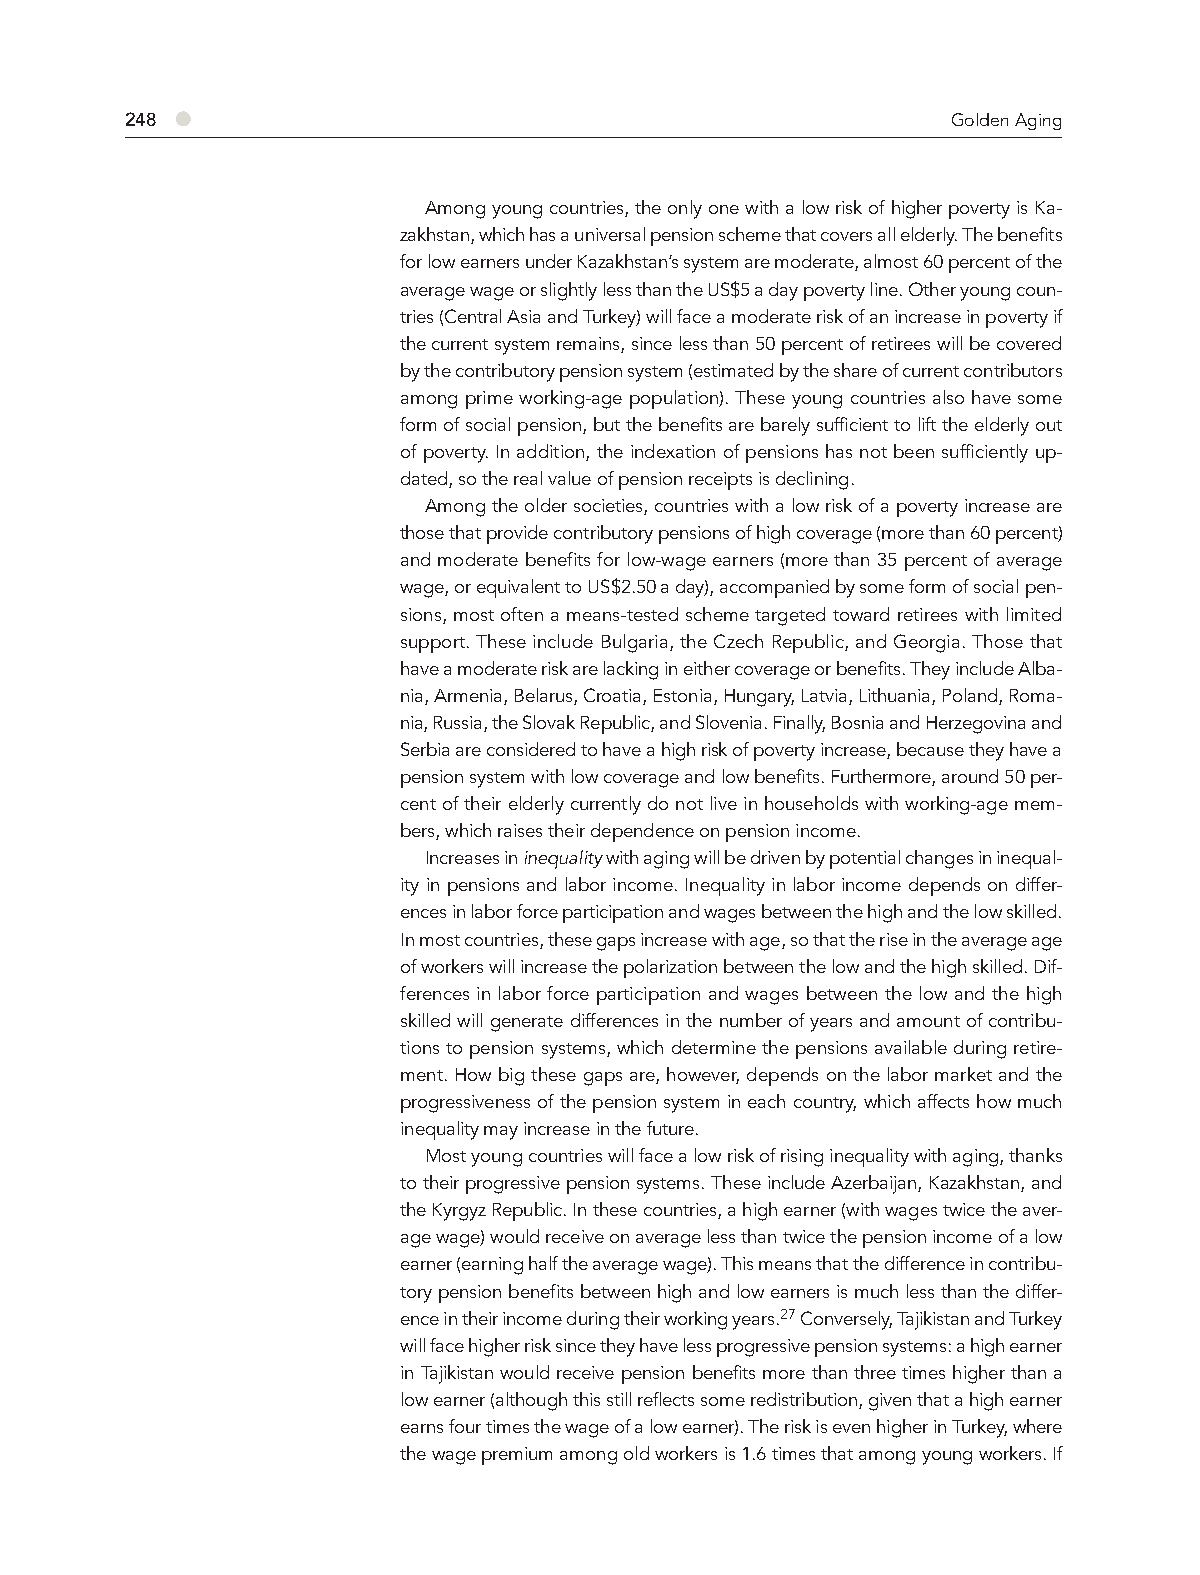
248 ●                                                  Golden Aging
 Among young countries, the only one with a low risk of higher poverty is Ka-
 zakhstan, which has a universal pension scheme that covers all elderly. The benefits
 for low earners under Kazakhstan’s system are moderate, almost 60 percent of the
 average wage or slightly less than the US$5 a day poverty line. Other young coun-
 tries (Central Asia and Turkey) will face a moderate risk of an increase in poverty if
 the current system remains, since less than 50 percent of retirees will be covered
 by the contributory pension system (estimated by the share of current contributors
 among prime working-age population). These young countries also have some
 form of social pension, but the benefits are barely sufficient to lift the elderly out
 of poverty. In addition, the indexation of pensions has not been sufficiently up-
 dated, so the real value of pension receipts is declining.
 Among the older societies, countries with a low risk of a poverty increase are
 those that provide contributory pensions of high coverage (more than 60 percent)
 and moderate benefits for low-wage earners (more than 35 percent of average
 wage, or equivalent to US$2.50 a day), accompanied by some form of social pen-
 sions, most often a means-tested scheme targeted toward retirees with limited
 support. These include Bulgaria, the Czech Republic, and Georgia. Those that
 have a moderate risk are lacking in either coverage or benefits. They include Alba-
 nia, Armenia, Belarus, Croatia, Estonia, Hungary, Latvia, Lithuania, Poland, Roma-
 nia, Russia, the Slovak Republic, and Slovenia. Finally, Bosnia and Herzegovina and
 Serbia are considered to have a high risk of poverty increase, because they have a
 pension system with low coverage and low benefits. Furthermore, around 50 per-
 cent of their elderly currently do not live in households with working-age mem-
 bers, which raises their dependence on pension income.
 Increases in inequality with aging will be driven by potential changes in inequal-
 ity in pensions and labor income. Inequality in labor income depends on differ-
 ences in labor force participation and wages between the high and the low skilled.
 In most countries, these gaps increase with age, so that the rise in the average age
 of workers will increase the polarization between the low and the high skilled. Dif-
 ferences in labor force participation and wages between the low and the high
 skilled will generate differences in the number of years and amount of contribu-
 tions to pension systems, which determine the pensions available during retire-
 ment. How big these gaps are, however, depends on the labor market and the
 progressiveness of the pension system in each country, which affects how much
 inequality may increase in the future.
 Most young countries will face a low risk of rising inequality with aging, thanks
 to their progressive pension systems. These include Azerbaijan, Kazakhstan, and
 the Kyrgyz Republic. In these countries, a high earner (with wages twice the aver-
 age wage) would receive on average less than twice the pension income of a low
 earner (earning half the average wage). This means that the difference in contribu-
 tory pension benefits between high and low earners is much less than the differ-
 ence in their income during their working years.27 Conversely, Tajikistan and Turkey
 will face higher risk since they have less progressive pension systems: a high earner
 in Tajikistan would receive pension benefits more than three times higher than a
 low earner (although this still reflects some redistribution, given that a high earner
 earns four times the wage of a low earner). The risk is even higher in Turkey, where
 the wage premium among old workers is 1.6 times that among young workers. If